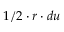
1 / 2 \cdot r \cdot d u